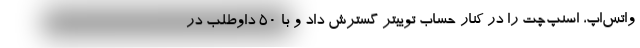
واتس‌اپ، اسنپ‌چت را در کنار حساب توییتر گسترش داد و با 50 داوطلب در